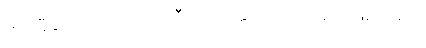
ရာဇူမီခင်က အကျယ်ကြီး အော်ပြောလိုက်ခြင်း ဖြစ်သည်။